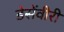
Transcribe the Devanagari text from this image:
डेसेंवीरी